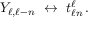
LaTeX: Y _ { \ell , \ell - n } \ \leftrightarrow \ t _ { \ell n } ^ { \ell } \, .